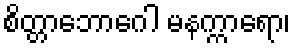
စိတ္တာဘောဂေါ မနက္ကာရော၊